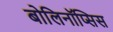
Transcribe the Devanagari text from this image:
बोलिनॉप्सिस